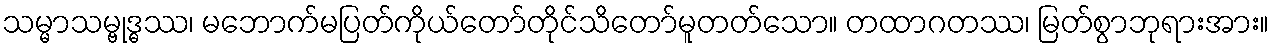
သမ္မာသမ္ဗုဒ္ဓဿ၊ မဘောက်မပြတ်ကိုယ်တော်တိုင်သိတော်မူတတ်သော။ တထာဂတဿ၊ မြတ်စွာဘုရားအား။